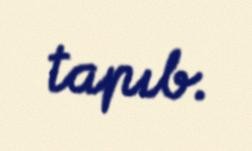
tapıb.